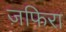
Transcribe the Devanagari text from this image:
ज़फिरा